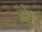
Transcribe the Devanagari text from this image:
ये१